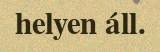
helyen áll.